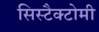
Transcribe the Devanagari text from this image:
सिस्टैक्टोमी